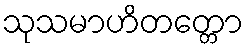
သုသမာဟိတတ္တော